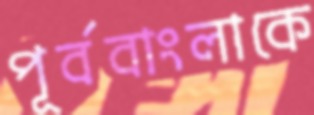
পূর্ববাংলাকে